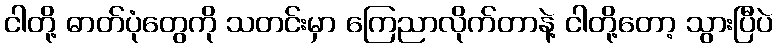
ငါတို့ ဓာတ်ပုံတွေကို သတင်းမှာ ကြေညာလိုက်တာနဲ့ ငါတို့တော့ သွားပြီပဲ